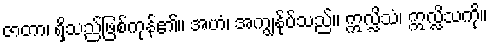
ဇာတာ၊ ရှိသည်ဖြစ်ကုန်၏။ အဟံ၊ အကျွန်ုပ်သည်။ ဣလ္လိသံ၊ ဣလ္လိသကို။